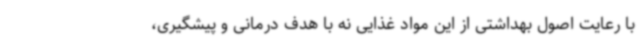
با رعایت اصول بهداشتی از این مواد غذایی نه با هدف درمانی و پیشگیری،